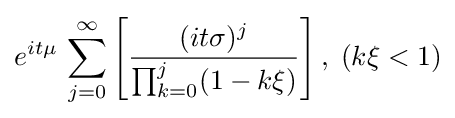
e^{it\mu }\,\sum _{j=0}^{\infty }\left[{\frac {(it\sigma )^{j}}{\prod _{k=0}^{j}(1-k\xi )}}\right],\;(k\xi <1)